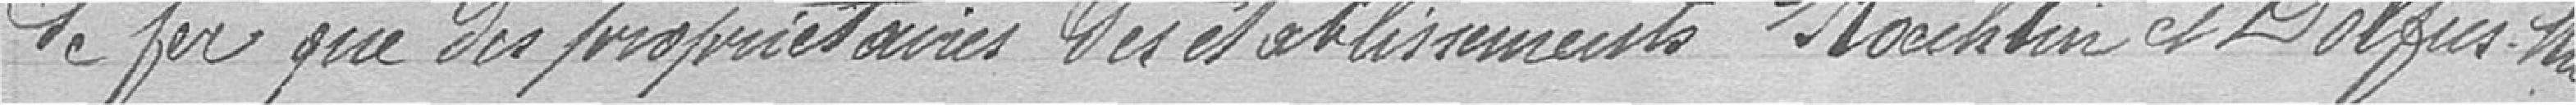
de fer que des propriétaires des établissements Koechlin et Dolfus-Mieg